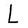
Character: L